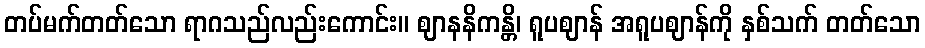
တပ်မက်တတ်သော ရာဂသည်လည်းကောင်း။ ဈာနနိကန္တိ၊ ရူပဈာန် အရူပဈာန်ကို နှစ်သက် တတ်သော